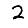
Digit: 2